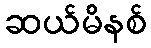
ဆယ်မိနစ်